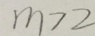
m > 2